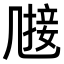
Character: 𠙤